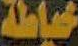
خياطة